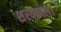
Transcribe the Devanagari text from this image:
शरदकाल।